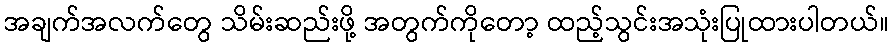
အချက်အလက်တွေ သိမ်းဆည်းဖို့ အတွက်ကိုတော့ ထည့်သွင်းအသုံးပြုထားပါတယ်။